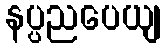
နပ္ပညပေယျ